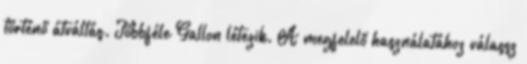
történő átváltás. Többféle Gallon létezik. A megfelelő használatához válassz